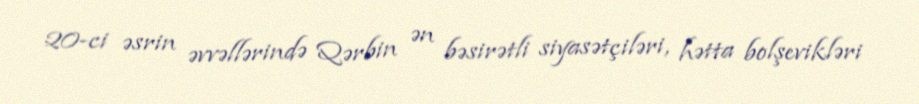
20-ci əsrin əvvəllərində Qərbin ən bəsirətli siyasətçiləri, hətta bolşevikləri